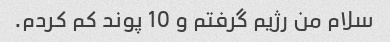
سلام من رژیم گرفتم و 10 پوند کم کردم.